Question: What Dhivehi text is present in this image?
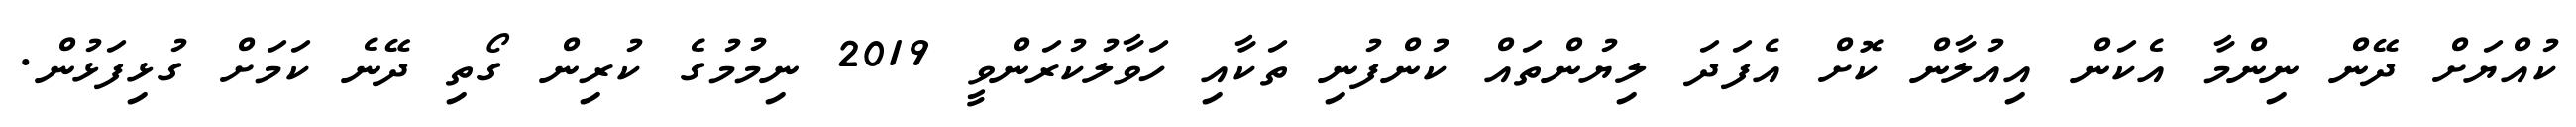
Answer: ކުއްޔަށް ދޭން ނިންމާ އެކަން އިއުލާން ކޮށް އެފަދަ ލިޔުންތައް ކުންފުނި ތަކާއި ހަވާލުކުރަންވީ 2019 ނިމުމުގެ ކުރިން ގޯތި ދޭނެ ކަމަށް ގުޅިފަޅުން.